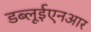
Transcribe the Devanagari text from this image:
डब्लूईएनआर